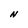
Character: N